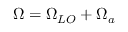
\Omega = \Omega _ { L O } + \Omega _ { a }